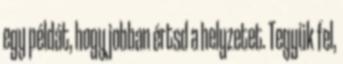
egy példát, hogy jobban értsd a helyzetet. Tegyük fel,